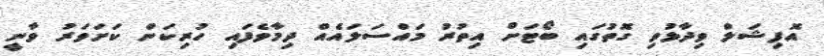
އޮފިޝަލް ވިދާޅުވި ގޮތުގައި ބޯޓަށް އިތުރު މައްސަލައެއް ދިމާވެފައި ހުރިކަން ކަށަވަރު ވާނީ